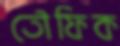
তৌফিক